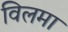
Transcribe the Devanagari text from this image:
विलमा